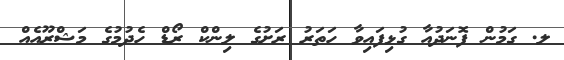
ލ. ގަމުން ފޮނަދުއާ ގުޅިފައިވާ ހަތަރު ރަށުގެ ލިންކް ރޯޑް ހެދުމުގެ މަޝްރޫއެއް